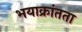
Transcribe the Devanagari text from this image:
भयाक्रांतता